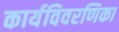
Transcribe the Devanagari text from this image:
कार्यविवरणिका